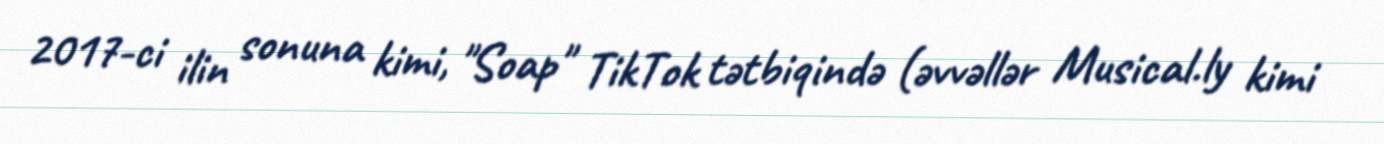
2017-ci ilin sonuna kimi, "Soap" TikTok tətbiqində (əvvəllər Musical.ly kimi